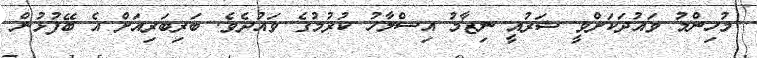
މުހިންމު ވައުދަކަށްވީ ޝަރުއީ ނިޒާމު އިސްލާހު ކުރުމުގެ ވައުދެވެ. ބަރިބަރިއަށް އެ ބޭފުޅުން